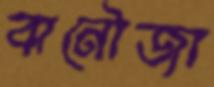
বানৌজা